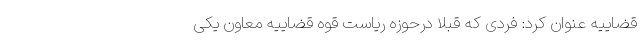
قضاییه عنوان کرد: فردی که قبلاً درحوزه ریاست قوه قضاییه معاون یکی